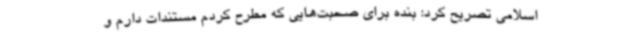
اسلامی تصریح کرد: بنده برای صحبت‌هایی که مطرح کردم مستندات دارم و